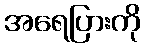
အရေပြားကို